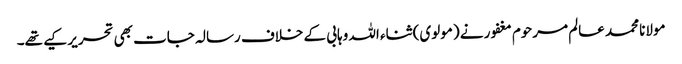
مولانا محمد عالم مرحوم مغفور نے (مولوی) ثناء اللہ وہابی کے خلاف رسالہ جات بھی تحریر کیے تھے۔